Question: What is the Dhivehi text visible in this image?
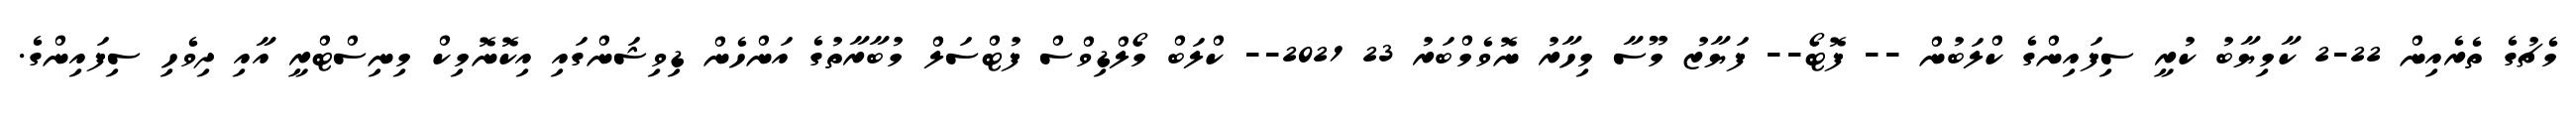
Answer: މެޗުގެ ތެރެއިން 22-2 ކާމިޔާބު ކުރީ ސިފައިންގެ ކްލަބުން -- ފޮޓޯ-- ފަޔާޒު މޫސާ މިހާރު ނޮވެމްބަރު 23 2021-- ކްލަބް މޯލްޑިވްސް ފުޓްސަލް މުބާރާތުގެ އަންހެން ޑިވިޝަންގައި އިކޮނޮމިކް މިނިސްޓްރީ އާއި ދިވެހި ސިފައިންގެ.